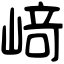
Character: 﨑